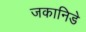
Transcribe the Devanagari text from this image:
जकानिडे